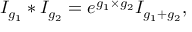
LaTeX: I _ { g _ { 1 } } \ast I _ { g _ { 2 } } = e ^ { g _ { 1 } \times g _ { 2 } } I _ { g _ { 1 } + g _ { 2 } } ,